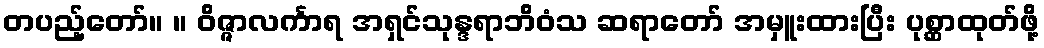
တပည့်တော်။ ။ ဝိဇ္ဇာလင်္ကာရ အရှင်သုန္ဒရာဘိဝံသ ဆရာတော် အမှူးထားပြီး ပုစ္ဆာထုတ်ဖို့